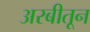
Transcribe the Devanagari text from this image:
अरबीतून